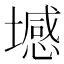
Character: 㙳